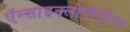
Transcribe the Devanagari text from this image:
ऍन्साइक्लोपीडीया